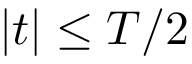
\vert t \vert \le T / 2